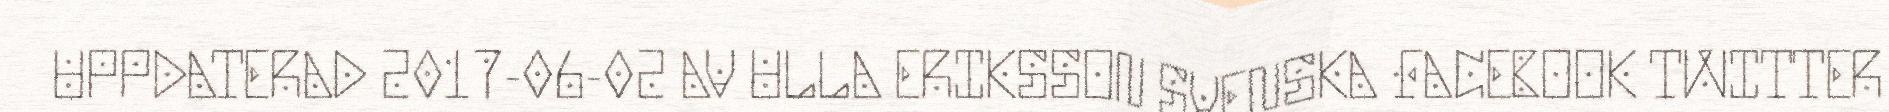
UPPDATERAD 2017-06-02 AV ULLA ERIKSSON SVENSKA FACEBOOK TWITTER